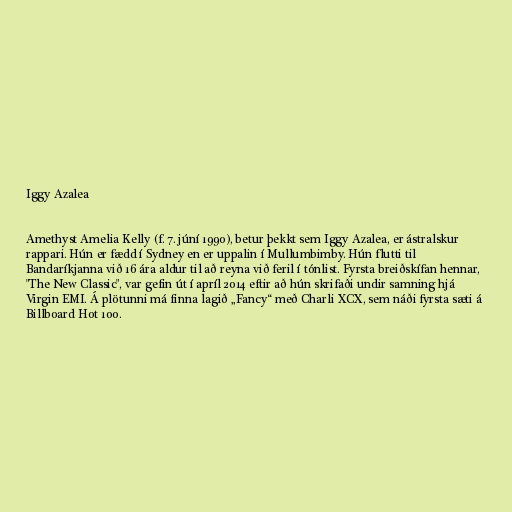
Iggy Azalea

Amethyst Amelia Kelly (f. 7. júní 1990), betur þekkt sem Iggy Azalea, er ástralskur
rappari. Hún er fædd í Sydney en er uppalin í Mullumbimby. Hún flutti til
Bandaríkjanna við 16 ára aldur til að reyna við feril í tónlist. Fyrsta breiðskífan hennar,
"The New Classic", var gefin út í apríl 2014 eftir að hún skrifaði undir samning hjá
Virgin EMI. Á plötunni má finna lagið „Fancy“ með Charli XCX, sem náði fyrsta sæti á
Billboard Hot 100.